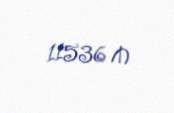
11536 ₼